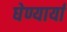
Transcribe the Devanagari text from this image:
घेण्यार्या